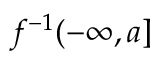
f ^ { - 1 } ( - \infty , a ]